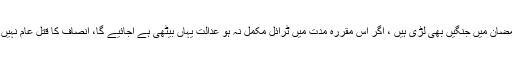
جسٹس اعجاز الاحسن نے کہا کہ ہمارے بزرگوں نے رمضان میں جنگیں بھی لڑی ہیں ، اگر اس مقررہ مدت میں ٹرائل مکمل نہ ہو عدالت یہاں بیٹھی ہے آجائیے گا، انصاف کا قتل عام نہیں ہونے دیں گے اور ملزمان کے حقوق کا تحظ کریں گے۔